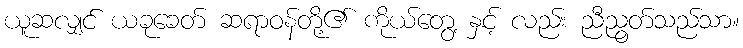
ယူဆလျှင် ယခုခေတ် ဆရာဝန်တို့၏ ကိုယ်တွေ့ နှင့် လည်း ညီညွတ်သည်သာ။